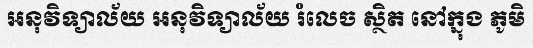
អនុវិទ្យាល័យ អនុវិទ្យាល័យ រំលេច ស្ថិត នៅក្នុង ភូមិ